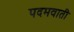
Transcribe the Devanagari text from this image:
पदमवाती